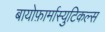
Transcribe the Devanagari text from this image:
बायोफ़ार्मास्युटिकल्स